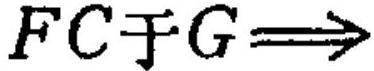
\(FC于G\Longrightarrow\)